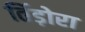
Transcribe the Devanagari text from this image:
तिंड़ोरा